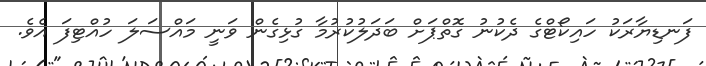
ފަނޑިޔާރަކު ހައިކޯޓްގެ ދެކުނު ގޮތްޕަށް ބަދަލުކުރުމާ ގުޅިގެން ވަނީ މައްސަލަ ހުއްޓިފަ އެވެ.